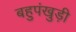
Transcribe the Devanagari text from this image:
बहुपंखुड़ी